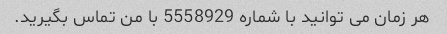
هر زمان می توانید با شماره 5558929 با من تماس بگیرید.